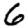
Digit: 6